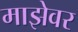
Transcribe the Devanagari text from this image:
माझेवर